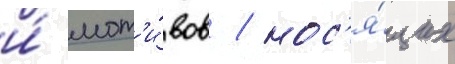
и́ мот'и́вов / нос'я́щих